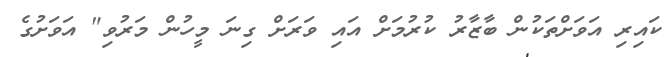
ކައިރި އަވަށްތަކުން ބާޒާރު ކުރުމަށް އައި ވަރަށް ގިނަ މީހުން މަރުވި" އަވަށުގެ